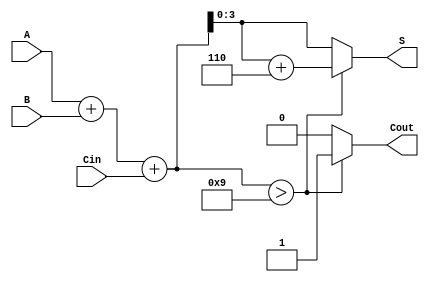
module BCD_Redundant_Binary_Adder (
    input  wire [3:0] A,    // First BCD input
    input  wire [3:0] B,    // Second BCD input
    input  wire Cin,        // Carry input
    output reg  [3:0] S,    // BCD sum output
    output reg Cout         // Carry output
);
    
    // Intermediate signals
    wire [4:0] sum;         // 5-bit sum to accommodate carry
    wire [4:0] corrected_sum; // Sum after BCD correction

    // Step 1: Perform binary addition
    assign sum = A + B + Cin;

    // Step 2: BCD Correction Logic
    // If the sum exceeds 9 or there is a carry from the addition
    always @* begin
        if (sum > 9) begin
            corrected_sum = sum + 5'b00110; // Add 6 (0110 in binary)
            Cout = 1; // Generate carry out
        end else begin
            corrected_sum = sum;
            Cout = 0; // No carry out
        end
        S = corrected_sum[3:0]; // Assign least significant 4 bits to the output
    end

endmodule